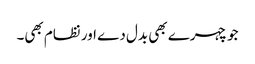
جو چہرے بھی بدل دے اور نظام بھی۔